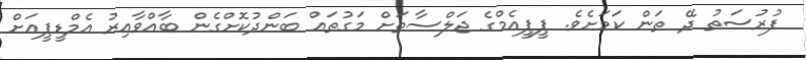
ފުރުސަތު ދޭ ތަން ކަމަށެވެ. ޕީޕީއެމްގެ ޖަލްސާތަށް މަގުތައް ބަންދުކޮށްގެން ބާއްވާއިރު އެމްޑީޕީއަށް